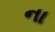
ના